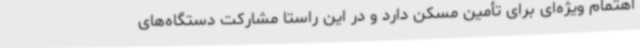
اهتمام ویژه‌ای برای تأمین مسکن دارد و در این راستا مشارکت دستگاه‌های